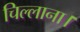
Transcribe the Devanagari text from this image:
चिल्लाना।